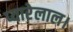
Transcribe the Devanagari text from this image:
प्यारेलाल।